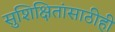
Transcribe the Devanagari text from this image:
सुशिक्षितांसाठीही